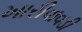
ખારીવાવડી